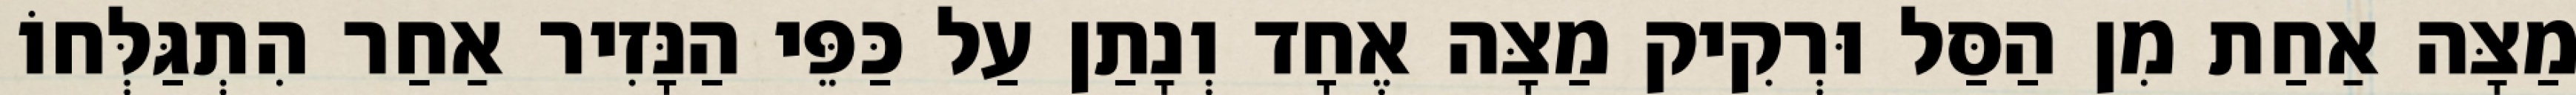
מַצָּה אַחַת מִן הַסַּל וּרְקִיק מַצָּה אֶחָד וְנָתַן עַל כַּפֵּי הַנָּזִיר אַחַר הִתְגַּלְּחוֹ